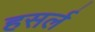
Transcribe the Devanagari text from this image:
हसर्ल